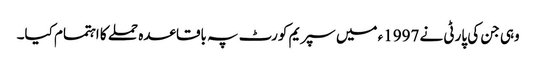
وہی جن کی پارٹی نے 1997ء میں سپریم کورٹ پہ باقاعدہ حملے کا اہتمام کیا۔